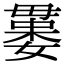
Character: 𣫻